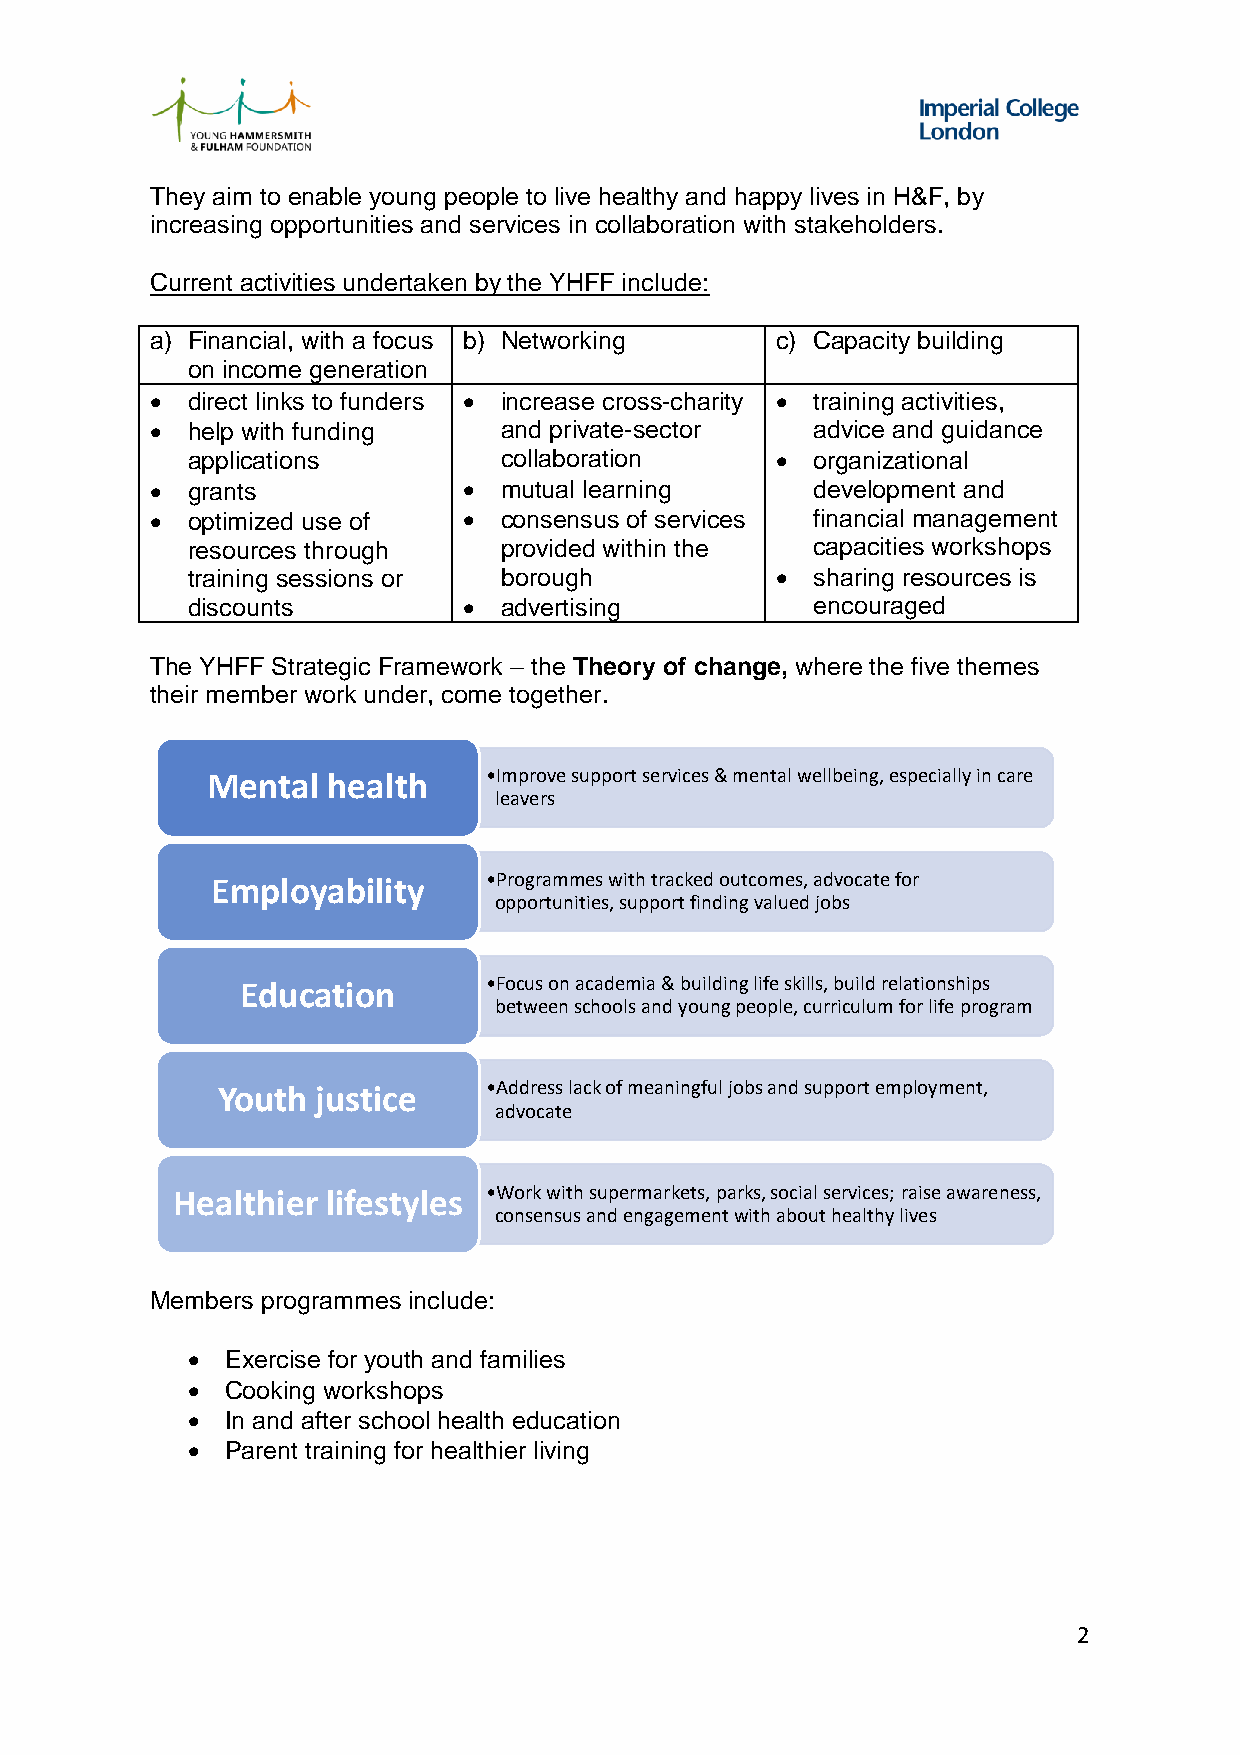
They aim to enable young people to live healthy and happy lives in H&F, by
 increasing opportunities and services in collaboration with stakeholders.
 Current activities undertaken by the YHFF include:
 a) Financial, with a focus b) Networking c) Capacity building
 on income generation
  direct links to funders  increase cross-charity  training activities,
  help with funding    and private-sector   advice and guidance
 applications         collaboration       organizational
  grants              mutual learning      development and
  optimized use of    consensus of services financial management
 resources through    provided within the  capacities workshops
 training sessions or borough             sharing resources is
 discounts           advertising          encouraged
 The YHFF Strategic Framework – the Theory of change, where the five themes
 their member work under, come together.
 Mental  health    •Improve support services & mental wellbeing, especially in care
 leavers
 Employability     •Programmes with tracked outcomes, advocate for
 opportunities, support finding valued jobs
 Education       •Focus on academia & building life skills, build relationships
 between schools and young people, curriculum for life program
 Youth  justice    •Address lack of meaningful jobs and support employment,
 advocate
 Healthier  lifestyles •Work with supermarkets, parks, social services; raise awareness,
 consensus and engagement with about healthy lives
 Members programmes include:
   Exercise for youth and families
   Cooking workshops
   In and after school health education
   Parent training for healthier living
 2